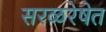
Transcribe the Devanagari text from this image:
सरळरेषेत